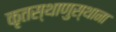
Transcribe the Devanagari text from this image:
कृतस्थाणुस्थाना